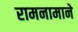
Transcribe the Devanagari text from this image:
रामनामाने